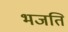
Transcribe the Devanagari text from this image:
भजति